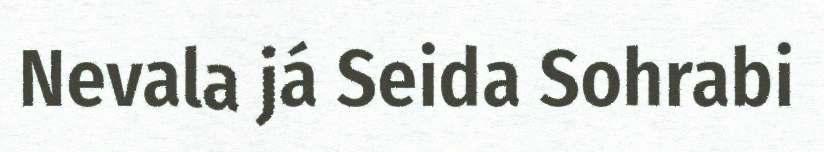
Nevala já Seida Sohrabi